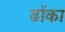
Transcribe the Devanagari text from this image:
ढोंका